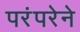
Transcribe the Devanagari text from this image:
परंंपरेने